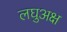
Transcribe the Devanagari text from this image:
लघुअक्ष